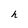
Character: h